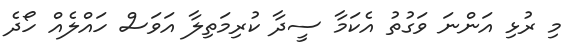
މި ރުޅި އަންނަ ވަގުތު އެކަމާ ސީދާ ކުރިމަތިލާ އަވަސް ހައްލެއް ހޯދެ